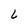
Character: L